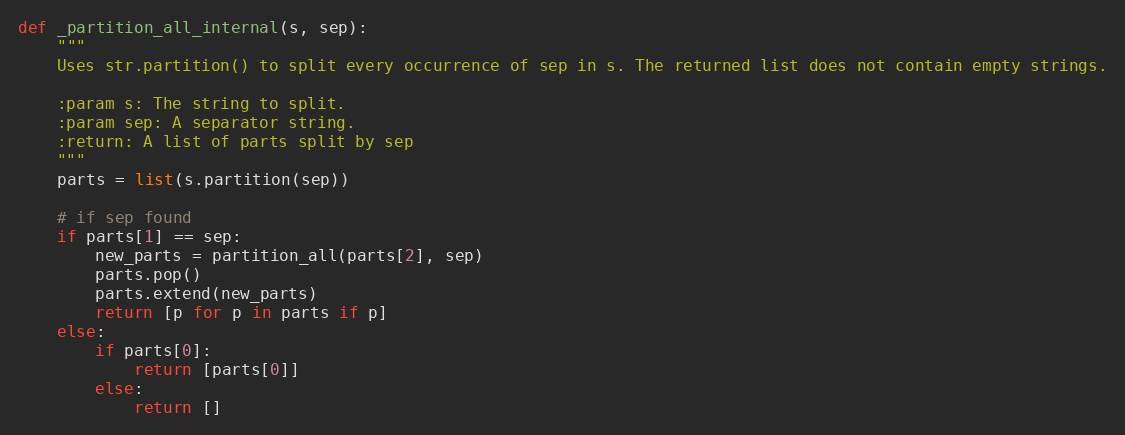
Language: Python
def _partition_all_internal(s, sep):
    """
    Uses str.partition() to split every occurrence of sep in s. The returned list does not contain empty strings.

    :param s: The string to split.
    :param sep: A separator string.
    :return: A list of parts split by sep
    """
    parts = list(s.partition(sep))

    # if sep found
    if parts[1] == sep:
        new_parts = partition_all(parts[2], sep)
        parts.pop()
        parts.extend(new_parts)
        return [p for p in parts if p]
    else:
        if parts[0]:
            return [parts[0]]
        else:
            return []